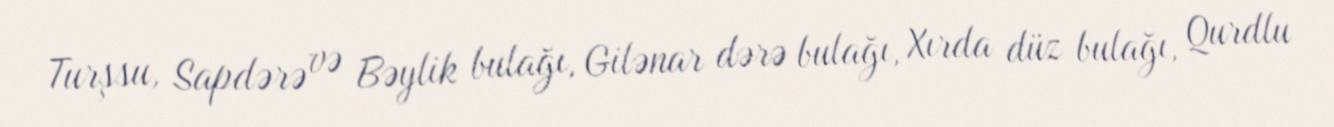
Turşsu, Sapdərə və Bəylik bulağı, Gilənar dərə bulağı, Xırda düz bulağı, Qurdlu